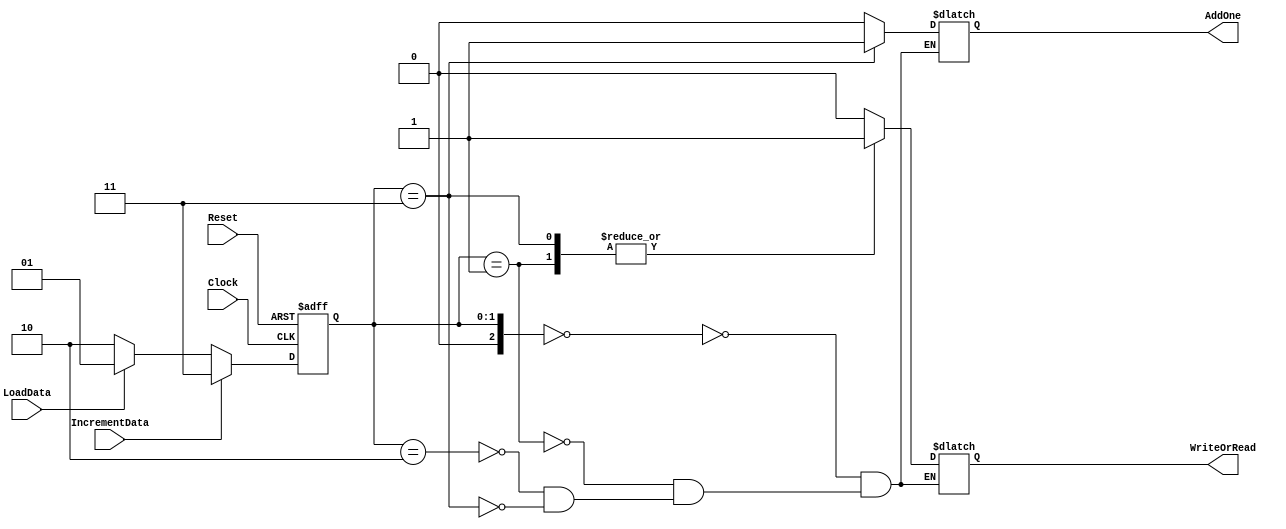
module OverallController(Clock, IncrementData, LoadData, Reset, AddOne, WriteOrRead);
	input Clock, IncrementData, LoadData, Reset;
	output reg AddOne, WriteOrRead;
	parameter InitialState = 2'b00;
	parameter LoadState = 2'b01;
	parameter ReadState = 2'b10;
	parameter IncrementState = 2'b11;
	reg [2:0] State;
	reg [2:0] NextState;
	initial State = InitialState;
	initial NextState = InitialState;
	
	always @ (State)
		case (State)
		InitialState: 		begin AddOne <= 0; WriteOrRead <= 0; end
		LoadState: 			begin AddOne <= 0; WriteOrRead <= 1; end
		ReadState: 			begin AddOne <= 0; WriteOrRead <= 0; end
		IncrementState:	begin AddOne <= 1; WriteOrRead <= 1; end
		endcase
		
	always @ (posedge Clock or posedge Reset)
		if (Reset == 1) State <= InitialState;
		else State <= NextState;
	
	always @ (State or IncrementData or LoadData)
		if (IncrementData == 1) NextState <= IncrementState;
		else if (LoadData == 1) NextState <= LoadState;
		else NextState <= ReadState;
endmodule